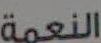
النعمة